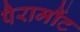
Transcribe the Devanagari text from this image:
पैरामौंट